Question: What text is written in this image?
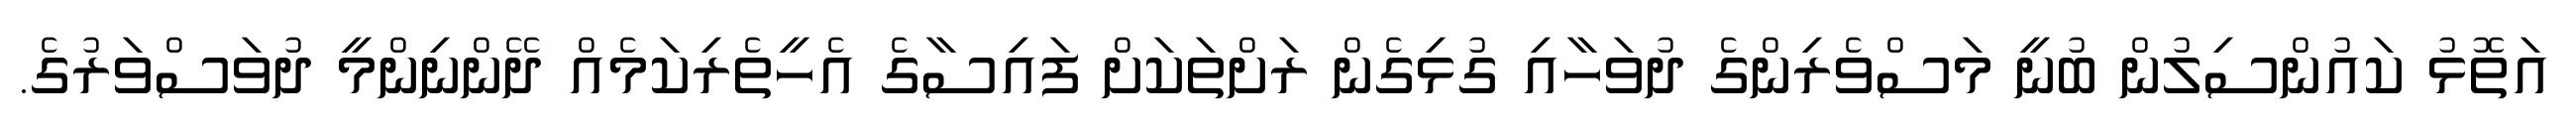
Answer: އަތޮޅު ކައުންސިލުން ބުނީ މަސްވެރިންގެ ދުވަހާއި ގުޅިގެން ރަށްތަކަށް ފައިސާގެ އެހީތެރިކަމެއް ދޭންނިންމީ ދުވަސްވަރުގެ.